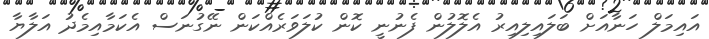
އައިމަލް ހަނާއަށް ބަލައިލިއިރު އެލޮލުން ފެނުނީ ކޮން ކުލަވަރެއްކަން ނޭގުނަސް އެކަމާއިމެދު އަލާޔާ